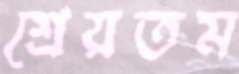
শ্রেয়তম